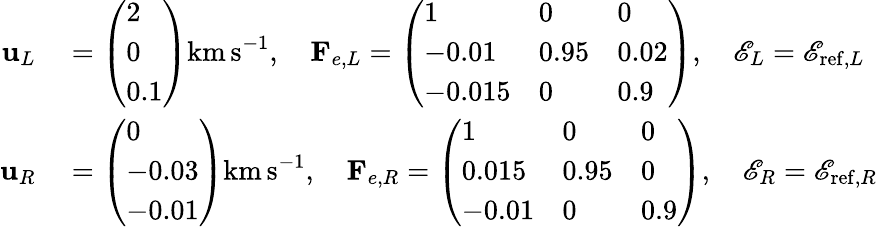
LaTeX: \begin{array}{rl}{\mathbf{u}_{L}}&{{}=\left(\begin{array}{l}{2}\\ {0}\\ {0.1}\end{array}\right)\mathrm{km\, s}^{-1},\quad\mathbf{F}_{e,L}=\left(\begin{array}{lll}{1}&{0}&{0}\\ {-0.01}&{0.95}&{0.02}\\ {-0.015}&{0}&{0.9}\end{array}\right),\quad\mathscr{E}_{L}=\mathscr{E}_{\mathrm{ref},L}}\\ {\mathbf{u}_{R}}&{{}=\left(\begin{array}{l}{0}\\ {-0.03}\\ {-0.01}\end{array}\right)\mathrm{km\, s}^{-1},\quad\mathbf{F}_{e,R}=\left(\begin{array}{lll}{1}&{0}&{0}\\ {0.015}&{0.95}&{0}\\ {-0.01}&{0}&{0.9}\end{array}\right),\quad\mathscr{E}_{R}=\mathscr{E}_{\mathrm{ref},R}}\end{array}